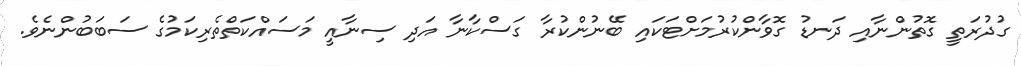
ގުދުރަތީ ގޮތުންނާއި ދަނޑު ގޮވާންކުރުމަށްޓަކައި ބޭނުންކުރާ ގަސްކާނާ އަދި ސިނާއީ މަސައްކަތްތެރިކަމުގެ ސަބަބުންނެވެ.